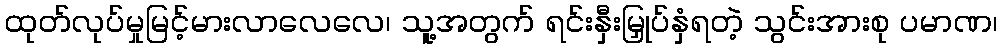
ထုတ်လုပ်မှုမြင့်မားလာလေလေ၊ သူ့အတွက် ရင်းနှီးမြှုပ်နှံရတဲ့ သွင်းအားစု ပမာဏ၊